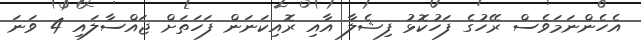
އެހެންނަމަވެސް ރޭހުގެ ފަހުކޮޅު ފިޝެލާ އާއި ރޮއިކަނަން ފަހަތަށް ޖައްސާލައި 4 ވަނަ